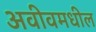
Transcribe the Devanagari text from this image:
अवीवमधील